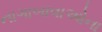
નાગાબાવાઓના